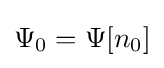
\Psi _{0}=\Psi [n_{0}]